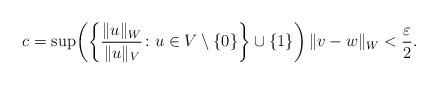
LaTeX: \begin{align*} &c = \sup\!\left( \left\{ \frac{ \| u \|_W }{ \| u \|_V } \colon u \in V \setminus \{0\} \right\} \cup \{1\} \right) \| v - w \|_W < \frac{\varepsilon}{2} .\end{align*}